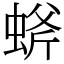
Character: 䗄